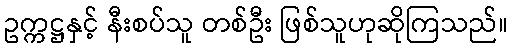
ဥက္ကဋ္ဌနှင့် နီးစပ်သူ တစ်ဦး ဖြစ်သူဟုဆိုကြသည်။